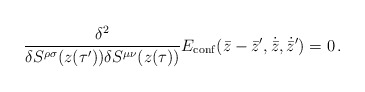
\begin{align*}{\delta^2 \over \delta S^{\rho \sigma}(z(\tau^\prime)) \delta S^{\mu \nu}(z(\tau))} E_{\rm conf} (\bar z - \bar z^\prime, \dot{\bar z}, \dot{\bar z} ^\prime ) = 0 \, .\end{align*}